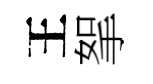
王挐